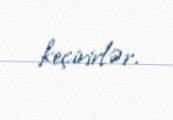
keçirirlər.